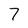
Character: 7